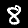
Label: 8